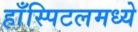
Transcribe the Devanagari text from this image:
हाँस्पिटलमध्ये